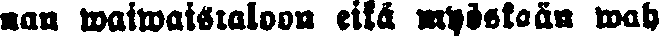
nan waiwaistaloon eikä myöskään wah